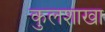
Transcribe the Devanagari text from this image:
कुलशाखा